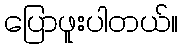
ပြောဖူးပါတယ်။